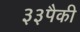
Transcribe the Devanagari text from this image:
३३पैकी